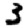
Digit: 3